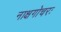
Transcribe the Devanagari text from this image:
नाक्षगोचरः